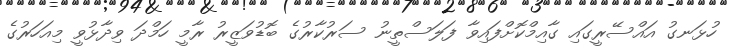
ހުޅަނގު އައްސޭރީގައި ގާއިމްކޮށްފައިވާ ފަލަސްތީނު ސަރުކާރުގެ ބޮޑުވަޒީރު ރާމީ ހަމްދަ ވިދާޅުވީ މިއަހަރުގެ